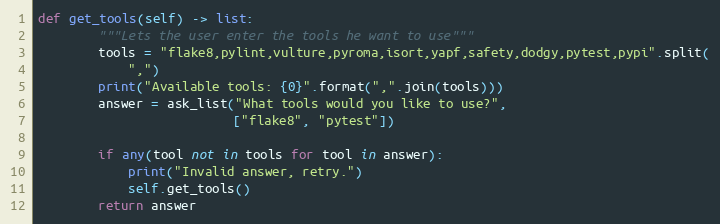
Language: Python
def get_tools(self) -> list:
        """Lets the user enter the tools he want to use"""
        tools = "flake8,pylint,vulture,pyroma,isort,yapf,safety,dodgy,pytest,pypi".split(
            ",")
        print("Available tools: {0}".format(",".join(tools)))
        answer = ask_list("What tools would you like to use?",
                          ["flake8", "pytest"])

        if any(tool not in tools for tool in answer):
            print("Invalid answer, retry.")
            self.get_tools()
        return answer